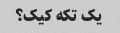
یک تکه کیک؟